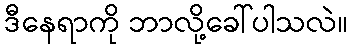
ဒီနေရာကို ဘာလို့ခေါ်ပါသလဲ။